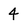
Character: 4